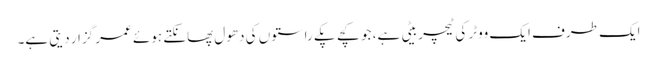
ایک طرف ایک ووٹر کی ٹیچر بیٹی ہے، جو کچے پکے راستوں کی دھول پھانکتے ہوئے عمر گزار دیتی ہے۔